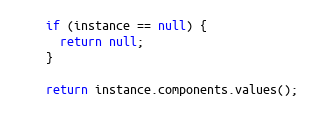
Language: Java
    if (instance == null) {
      return null;
    }

    return instance.components.values();